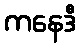
ကနေဒီ